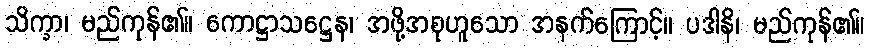
သိက္ခာ၊ မည်ကုန်၏။ ကောဋ္ဌာသဋ္ဌေန၊ အဖို့အစုဟူသော အနက်ကြောင့်။ ပဒါနိ၊ မည်ကုန်၏။